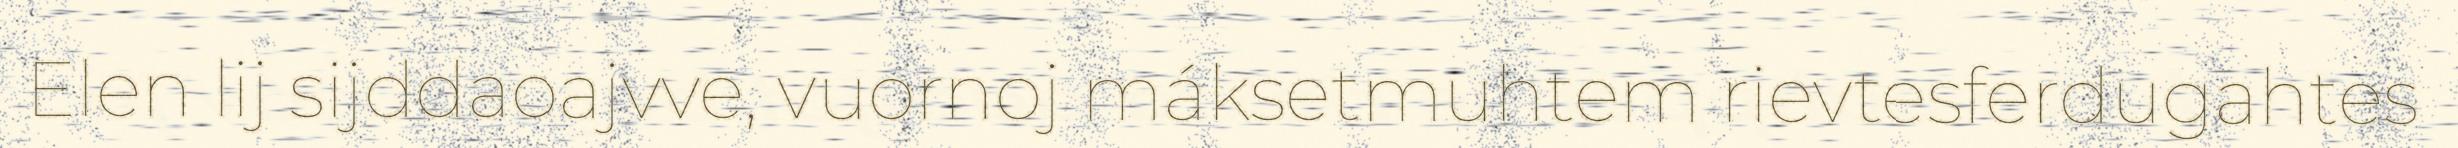
Elen lij sijddaoajvve, vuornoj máksetmuhtem rievtesferdugahtes